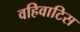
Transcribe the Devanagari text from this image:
वहिवाटिस